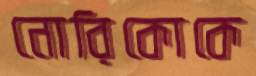
নোরিকোকে